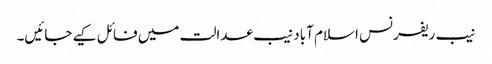
نیب ریفرنس اسلام آباد نیب عدالت میں فائل کیے جائیں۔